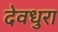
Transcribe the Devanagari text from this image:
देवधुरा